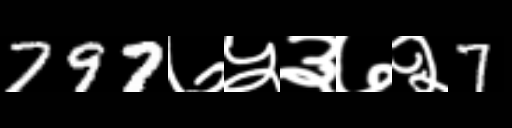
Text: 797७५३७२7